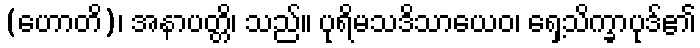
(ဟောတိ)၊ အနာပတ္တိ၊ သည်။ ပုရိမသဒိသာယေဝ၊ ရှေ့သိက္ခာပုဒ်၏